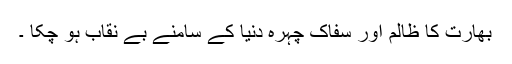
بھارت کا ظالم اور سفاک چہرہ دنیا کے سامنے بے نقاب ہو چکا ۔